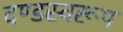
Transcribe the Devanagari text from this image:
दण्डस्वरूप